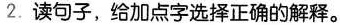
2.读句子，给加点字选择正确的解释。